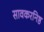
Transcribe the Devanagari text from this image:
सावकरनिष्ठ